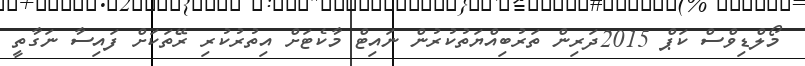
މޯލްޑިވްސް ކަޕް 2015ދަރިން ތަރުބިއްޔަތުކުރުން ނައިޓް މާކެޓަށް އިތުރުކުރި ރޭތަކަށް ފައިސާ ނަގާތީ